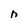
Character: n